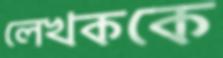
লেখককে